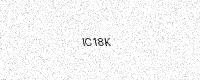
Text: IC18K